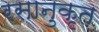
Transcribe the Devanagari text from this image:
रसानुकृत